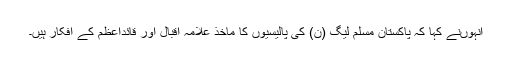
انہوںنے کہا کہ پاکستان مسلم لیگ (ن) کی پالیسیوں کا ماخذ علامہ اقبالؒ اور قائداعظمؒ کے افکار ہیں۔